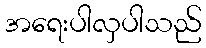
အရေးပါလှပါသည်